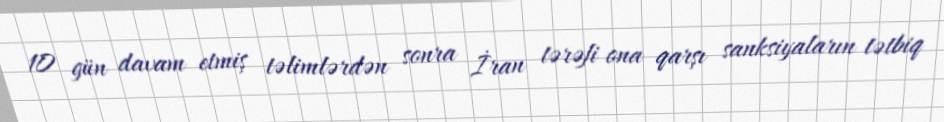
10 gün davam etmiş təlimlərdən sonra İran tərəfi ona qarşı sanksiyaların tətbiq